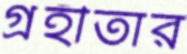
গ্রহীতার